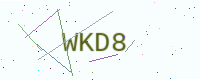
Text: WKD8